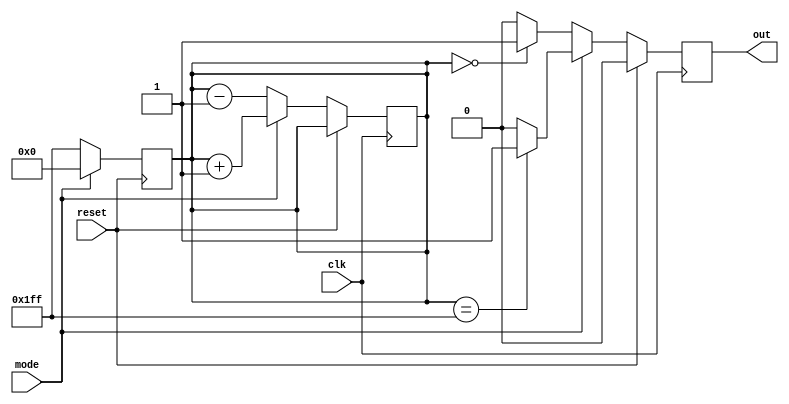
module counter(input mode, input clk, input reset, output reg out);
        reg [0:8] count;
	always @(negedge reset) begin
		if(mode == 1) count <= 9'b000000000;
		else count <= 9'b111111111;
	end
	
	always @(posedge clk) begin
	        out <= 0;
		if(~reset) begin
			if(mode == 1) begin 
				count <= count + 1;
				if(count == 9'b111111111) out <= 1;
			end
			else begin 
				count <= count - 1;
				if(count == 9'b000000000) out <= 1;
			end
		end
	end
endmodule